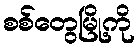
စစ်တွေမြို့ကို